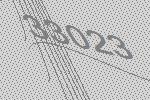
33023